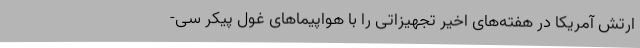
ارتش آمریکا در هفته‌های اخیر تجهیزاتی را با هواپیما‌های غول پیکر سی-